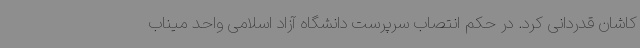
کاشان قدردانی کرد. در حکم انتصاب سرپرست دانشگاه آزاد اسلامی واحد میناب